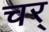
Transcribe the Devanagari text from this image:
चर्